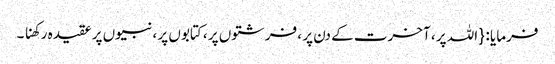
فرمایا : { اللہ پر ، آخرت کے دن پر ، فرشتوں پر ، کتابوں پر ، نبیوں پر عقیدہ رکھنا ۔